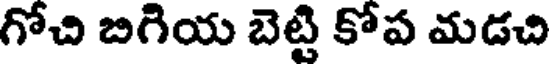
గోచి బిగియ బెట్టి కోప మడచి